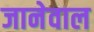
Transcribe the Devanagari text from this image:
जानेवाल